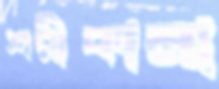
শরীকানা